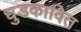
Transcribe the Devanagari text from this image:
धुडकावित